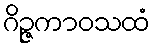
ဂိဉ္ဇကာဝသထံ